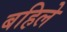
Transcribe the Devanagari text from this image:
बहिले